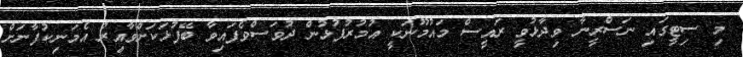
މި ސިޓީގައި ނަސްރީނާ ވިދާޅުވީ ރައީސް މައުމޫނަކީ އުމުރުފުޅުން ދުވަސްވެފައިވާ ބޭފުޅަކަށްވާއިރު އެމަނިކުފާނަށް